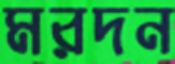
মরদন